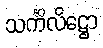
သင်္ကိလိဋ္ဌော